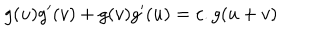
g ( u ) g ^ { \prime } ( v ) + g ( v ) g ^ { \prime } ( u ) = c . g ( u + v )